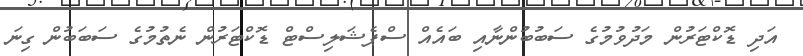
އަދި ޑޮކްޓަރުން މަދުވުމުގެ ސަބުބުންނާއި ބައެއް ސްޕެޝަލިސްޓް ޑޮކްޓަރުން ނެތުމުގެ ސަބަބުން ގިނަ